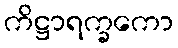
ကိဋ္ဌာရက္ခကော